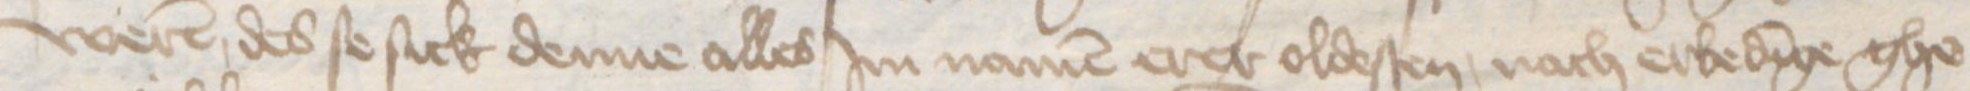
Transcription: weren des se sick denne alles Jm namen erer oldesten, nach erbedinge ghe¬